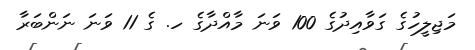
މަޖިލީހުގެ ގަވާއިދުގެ 100 ވަނަ މާއްދާގެ ހ. ގެ 11 ވަނަ ނަންބަރާ